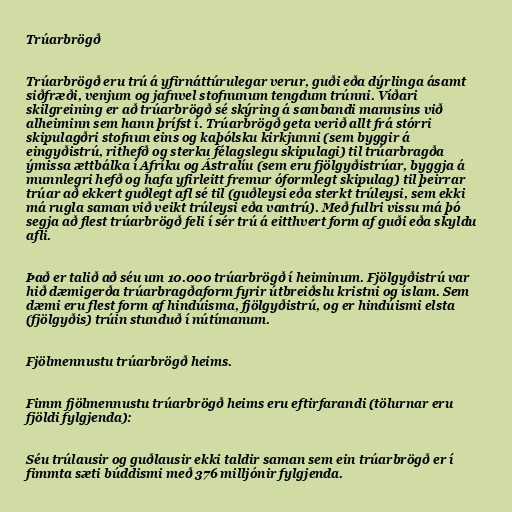
Trúarbrögð

Trúarbrögð eru trú á yfirnáttúrulegar verur, guði eða dýrlinga ásamt
siðfræði, venjum og jafnvel stofnunum tengdum trúnni. Víðari
skilgreining er að trúarbrögð sé skýring á sambandi mannsins við
alheiminn sem hann þrífst í. Trúarbrögð geta verið allt frá stórri
skipulagðri stofnun eins og kaþólsku kirkjunni (sem byggir á
eingyðistrú, rithefð og sterku félagslegu skipulagi) til trúarbragða
ýmissa ættbálka í Afríku og Ástralíu (sem eru fjölgyðistrúar, byggja á
munnlegri hefð og hafa yfirleitt fremur óformlegt skipulag) til þeirrar
trúar að ekkert guðlegt afl sé til (guðleysi eða sterkt trúleysi, sem ekki
má rugla saman við veikt trúleysi eða vantrú). Með fullri vissu má þó
segja að flest trúarbrögð feli í sér trú á eitthvert form af guði eða skyldu
afli.

Það er talið að séu um 10.000 trúarbrögð í heiminum. Fjölgyðistrú var
hið dæmigerða trúarbragðaform fyrir útbreiðslu kristni og íslam. Sem
dæmi eru flest form af hindúisma, fjölgyðistrú, og er hindúismi elsta
(fjölgyðis) trúin stunduð í nútímanum.

Fjölmennustu trúarbrögð heims.

Fimm fjölmennustu trúarbrögð heims eru eftirfarandi (tölurnar eru
fjöldi fylgjenda):

Séu trúlausir og guðlausir ekki taldir saman sem ein trúarbrögð er í
fimmta sæti búddismi með 376 milljónir fylgjenda.